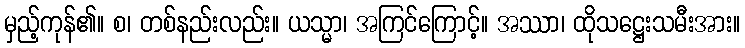
မှည့်ကုန်၏။ စ၊ တစ်နည်းလည်း။ ယသ္မာ၊ အကြင်ကြောင့်။ အဿာ၊ ထိုသဋ္ဌေးသမီးအား။